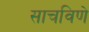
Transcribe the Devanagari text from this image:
साचविणे